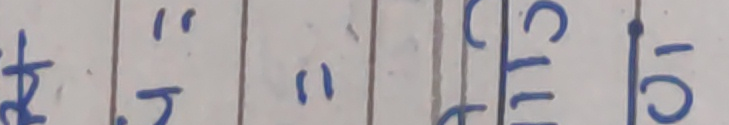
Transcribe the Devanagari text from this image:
ज्ञ "ज () ट१ ५